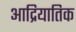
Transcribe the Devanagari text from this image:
आद्रियातिक